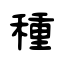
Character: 種